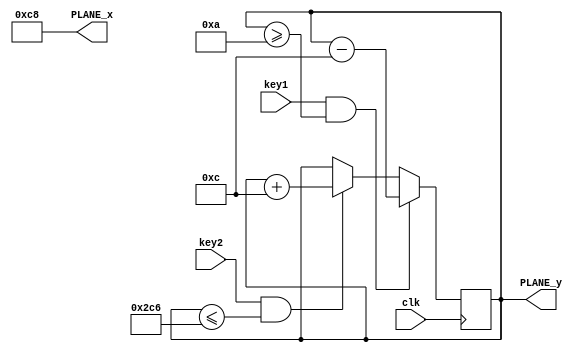
`timescale 1ns / 1ps
//////////////////////////////////////////////////////////////////////////////////
// Company: 
// Engineer: 
// 
// Design Name: 
// Module Name: PLANE
// Project Name: 
// Target Devices: 
// Tool Versions: 
// Description: 
// 
// Dependencies: 
// 
// Revision:
// Revision 0.01 - File Created
// Additional Comments:
// 
//////////////////////////////////////////////////////////////////////////////////


module PLANE(input key1,input key2,input clk,output [11:0]PLANE_x,output [11:0]PLANE_y);
    reg [11:0]PLANE_X=12'd200;
    reg [11:0]PLANE_Y=12'd360;
    
    always@(posedge clk)
        begin
            if(key1&&PLANE_Y>=10)  PLANE_Y<=PLANE_Y-5'd12;
            else if(key2&&PLANE_Y<=710) PLANE_Y<=PLANE_Y+5'd12;
            else  PLANE_Y<=PLANE_Y;
        end
    assign PLANE_x=PLANE_X;
    assign PLANE_y=PLANE_Y;
      
endmodule